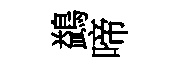
鷁啼